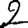
Digit: 2